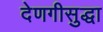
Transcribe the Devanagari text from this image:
देणगीसुद्धा